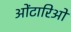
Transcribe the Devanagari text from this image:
ओंटारिओ